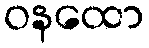
ဝနထော